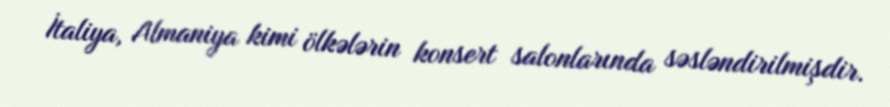
İtaliya, Almaniya kimi ölkələrin konsert salonlarında səsləndirilmişdir.